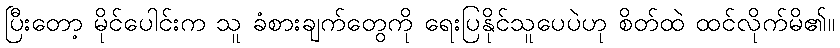
ပြီးတော့ မိုင်ပေါင်းက သူ ခံစားချက်တွေကို ရေးပြနိုင်သူပေပဲဟု စိတ်ထဲ ထင်လိုက်မိ၏။